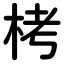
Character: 栲